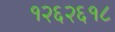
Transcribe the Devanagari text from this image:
१२६२६१८